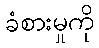
ခံစားမှုကို